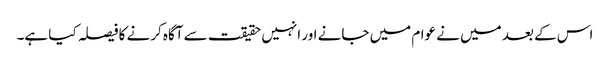
اس کے بعد میں نے عوام میں جانے اور انہیں حقیقت سے آگاہ کرنے کا فیصلہ کیا ہے۔